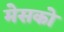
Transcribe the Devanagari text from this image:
मेसको